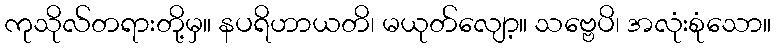
ကုသိုလ်တရားတို့မှ။ နပရိဟာယတိ၊ မယုတ်လျော့။ သဗ္ဗေပိ၊ အလုံးစုံသော။